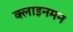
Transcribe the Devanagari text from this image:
क्लाइनमन